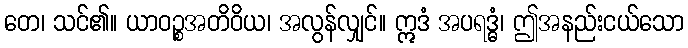
တေ၊ သင်၏။ ယာဝဉ္စအတိဝိယ၊ အလွန်လျှင်။ ဣဒံ အပရဒ္ဓံ၊ ဤအနည်းငယ်သော